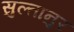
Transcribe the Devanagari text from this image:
सुल्तानुर